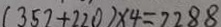
( 3 5 7 + 2 2 0 ) \times 4 = 2 2 8 8